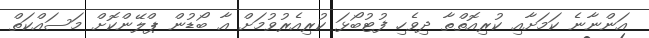
އަންނާނެ ކަމަށާއި ކުރިއޮތްތާ ދިވެހި ފުޓުބޯޅަ ކުރިއެރުވުމަށް އާ ބޯޑުން ޕްލޭންކޮށް މަސައްކަތް